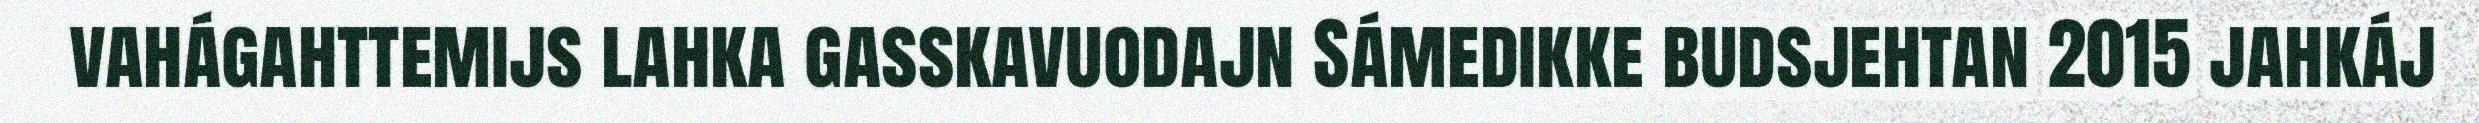
vahágahttemijs lahka gasskavuodajn Sámedikke budsjehtan 2015 jahkáj